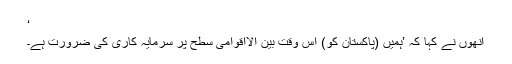
‘
انھوں نے کہا کہ ’ہمیں (پاکستان کو) اس وقت بین الااقوامی سطح پر سرمایہ کاری کی ضرورت ہے۔